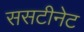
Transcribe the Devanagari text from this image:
ससटीनेट